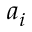
a _ { i }